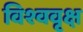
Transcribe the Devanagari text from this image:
विश्ववृक्ष